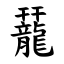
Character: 䶬